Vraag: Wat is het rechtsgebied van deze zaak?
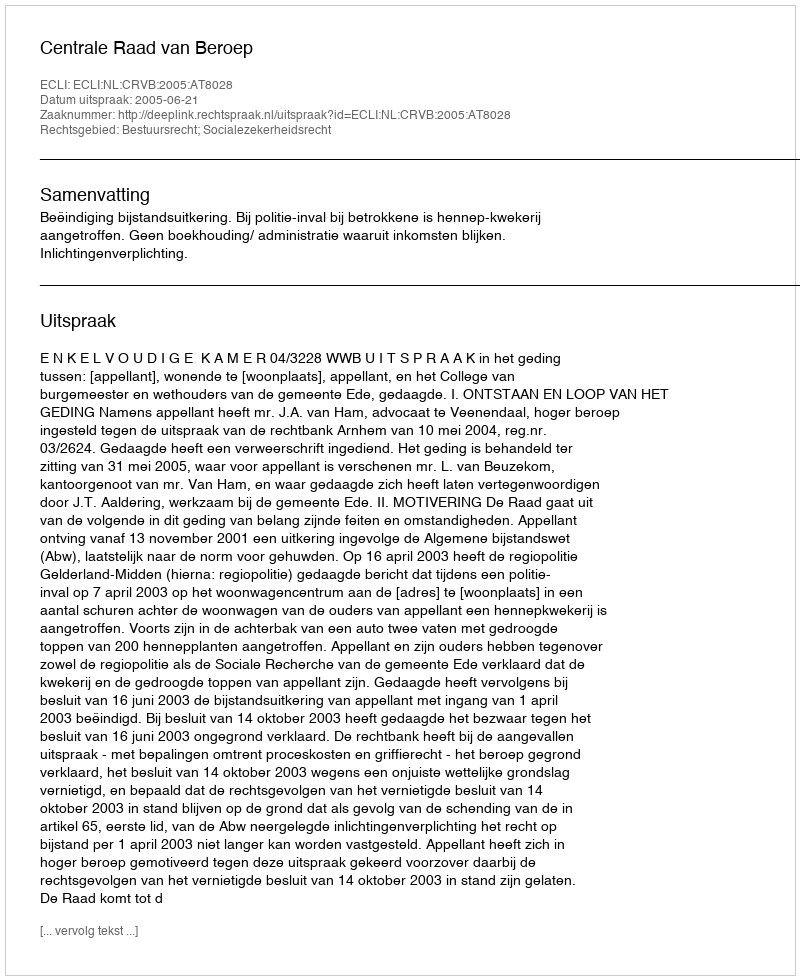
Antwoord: Bestuursrecht; Socialezekerheidsrecht